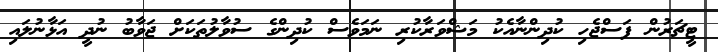
ޓީޗަރުން ފަސްޖެހި ކުދިންނާއެކު މަޝްވަރާކުރި ނަމަވެސް ކުދިންގެ ސުވާލުތަކަށް ޖަވާބު ނުދީ އަޅާނުލައި